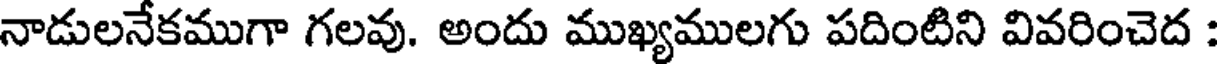
నాడులనేకముగా గలవు. అందు ముఖ్యములగు పదింటిని వివరించెద :